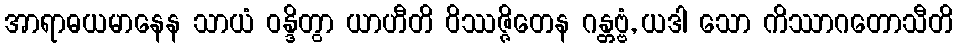
အာရာဓယမာနေန သာယံ ဝန္ဒိတွာ ယာဟီတိ ဝိဿဇ္ဇိတေန ဂန္တဗ္ဗံ, ယဒါ သော ကိဿာဂတောသီတိ